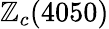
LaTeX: \mathbb{Z}_{c}(4050)